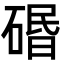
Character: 䃉